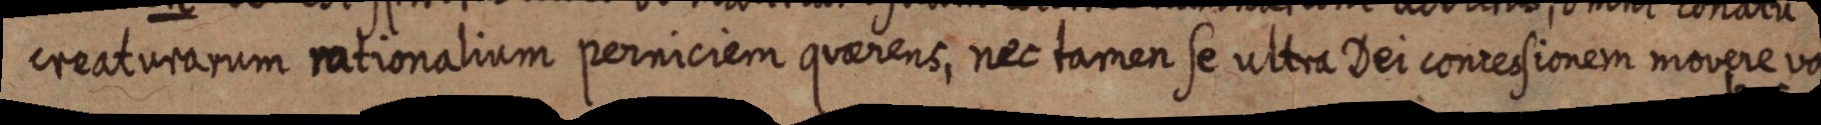
creaturarum rationalium perniciem quaerens, nec tamen se ultra Dei concessionem movere va